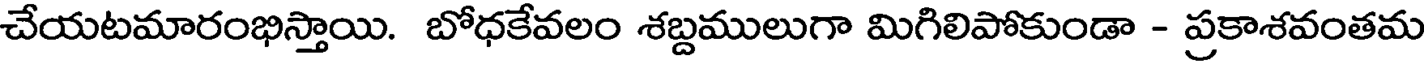
చేయటమారంభిస్తాయి. బోధకేవలం శబ్దములుగా మిగిలిపోకుండా - ప్రకాశవంతమ